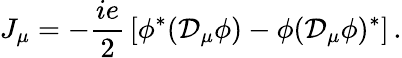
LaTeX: J_{\mu}=-{\frac{ie}{2}}\left[\phi^{*}({\cal D}_{\mu}\phi)-\phi({\cal D}_{\mu}\phi)^{*}\right]\, .